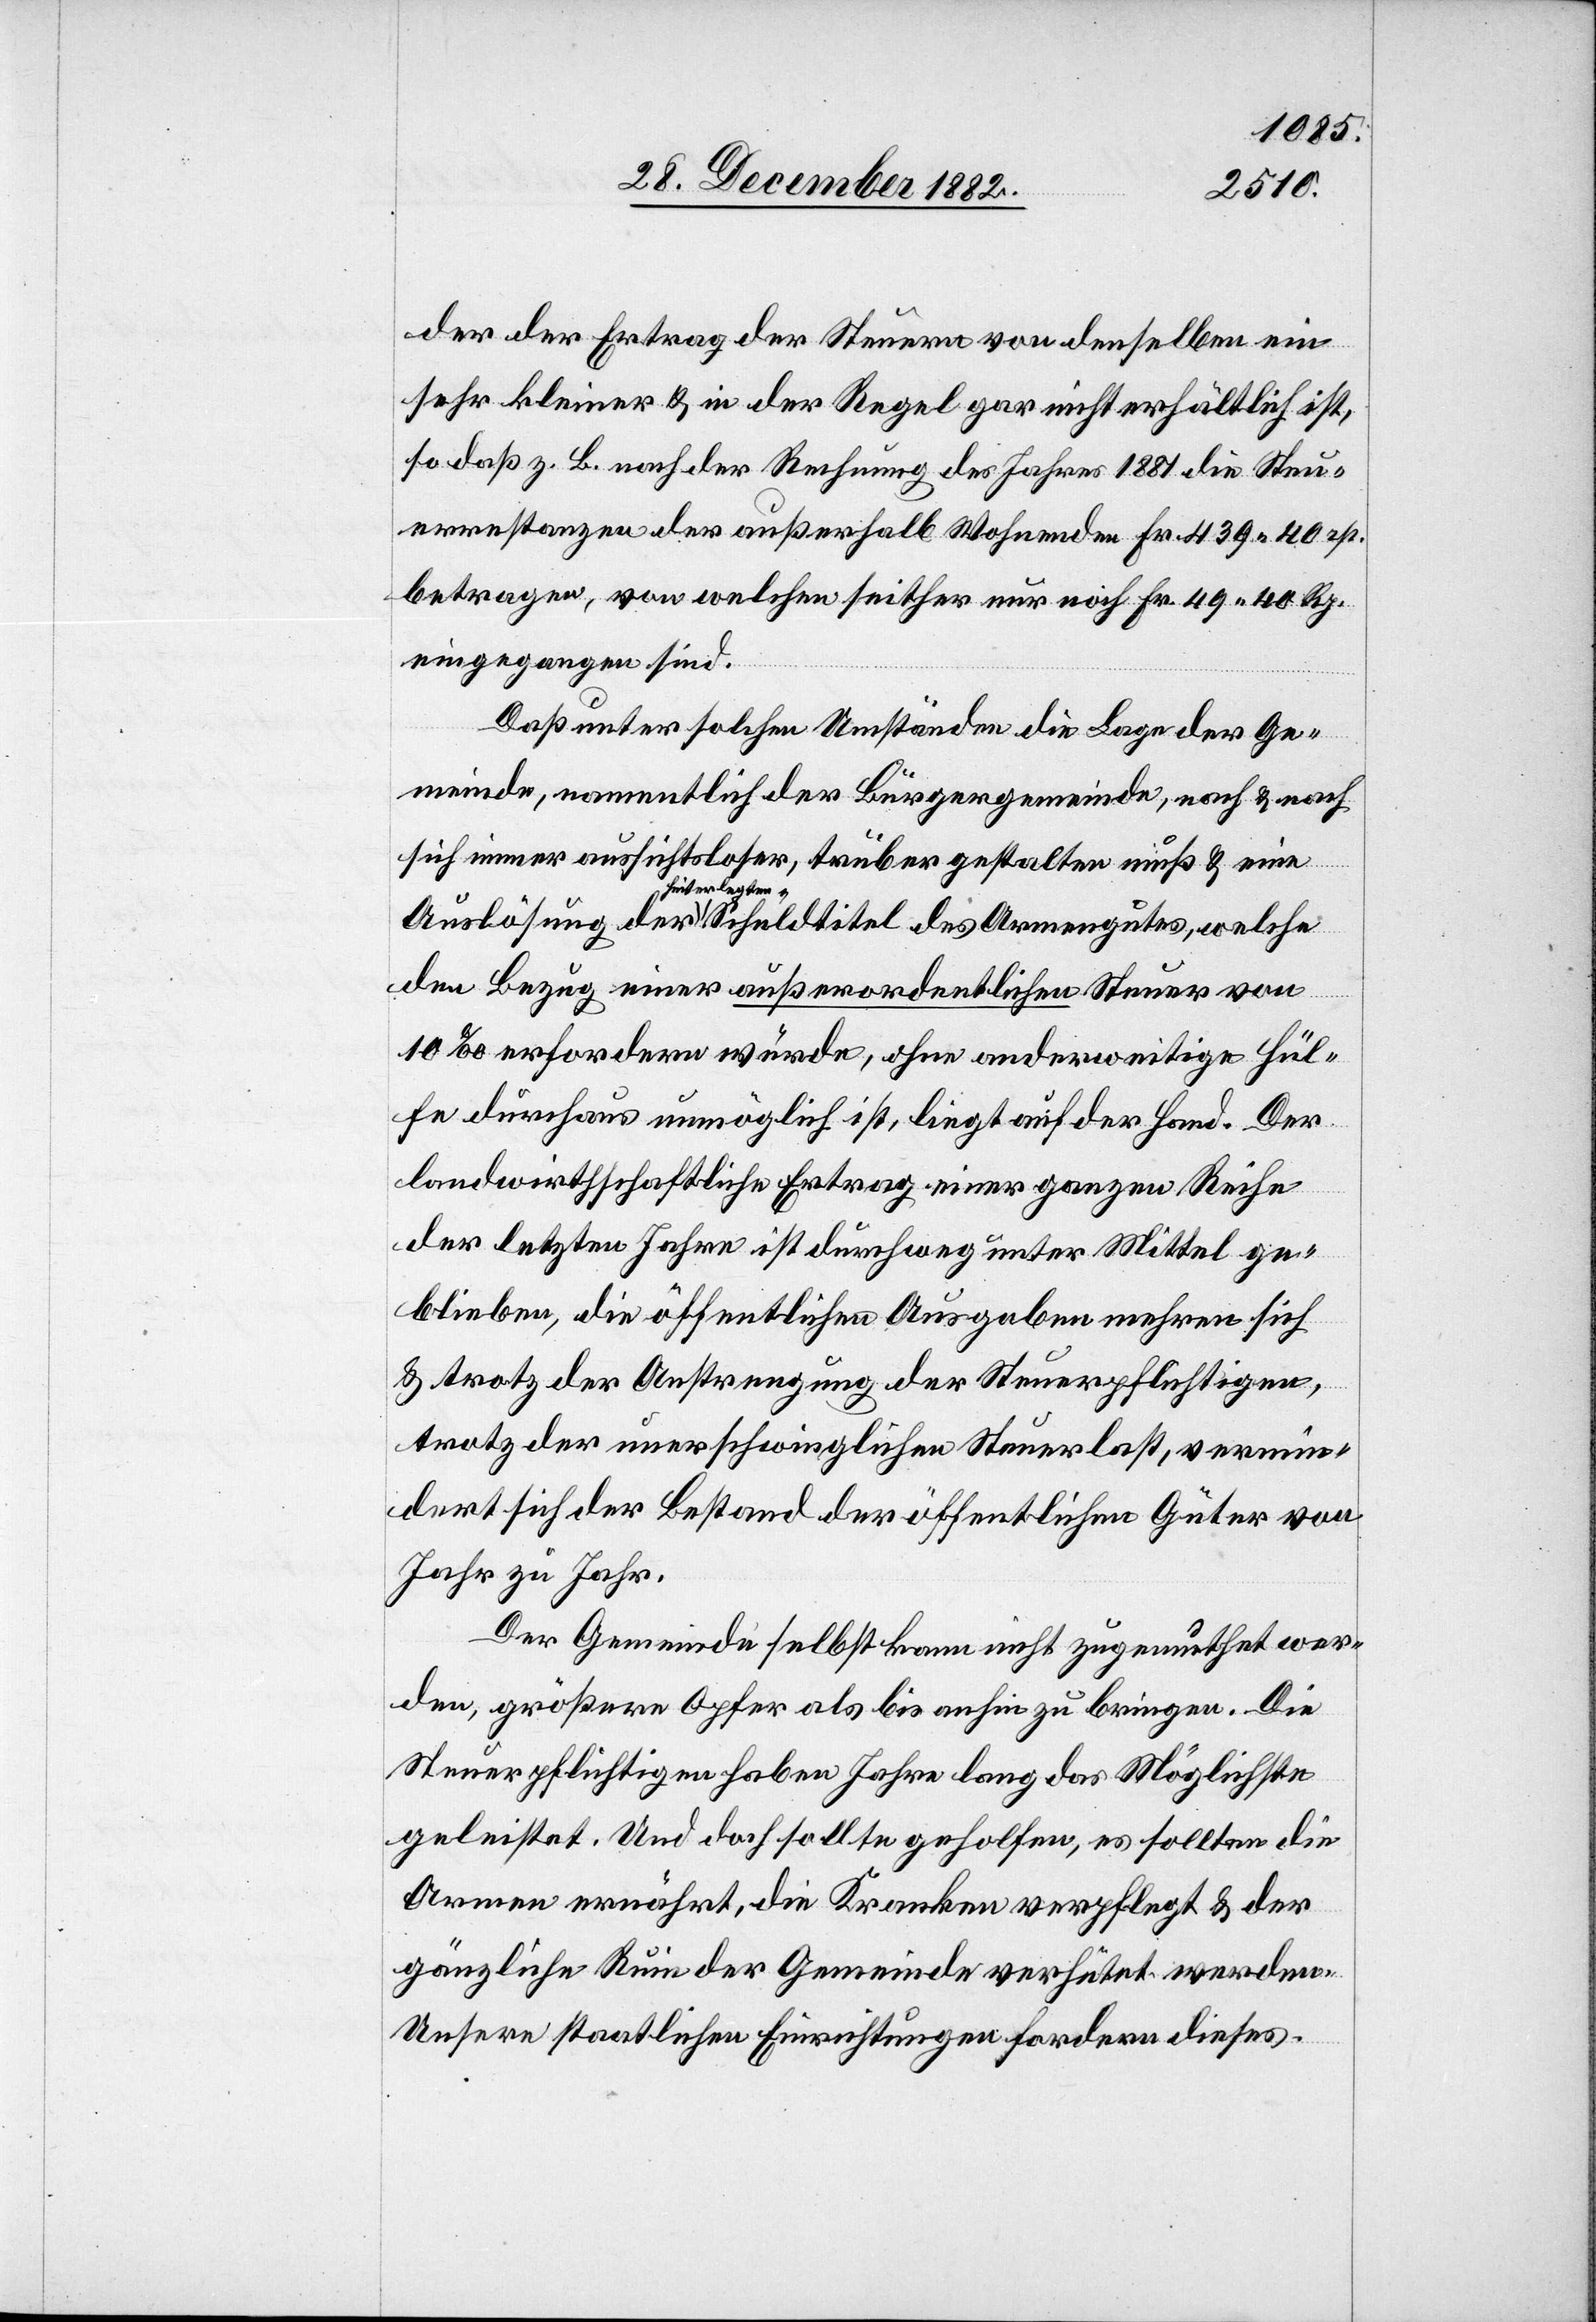
der der Ertrag der Steuern von denselben ein
sehr kleiner & in der Regel gar nicht erhältlich ist,
so daß z. B. nach der Rechnung des Jahres 1881 die Steu¬
errestanzen der außerhalb Wohnenden Fr. 439 40 rp.
betragen, von welchen seither nur noch Fr. 49 40 Rp.
eingegangen sind.
Daß unter solchen Umständen die Lage der Ge¬
meinde, namentlich der Bürgergemeinde, nach & nach
sich immer aussichtsloser, trüber gestalten muß & eine
hinterlegten
den Bezug einer außerordentlichen Steuer von
10‰ erfordern würde, ohne anderweitige Hül¬
fe durchaus unmöglich ist, liegt auf der Hand. Der
landwirthschaftliche Ertrag einer ganzen Reihe
der letzten Jahre ist durchweg unter Mittel ge¬
blieben, die öffentlichen Ausgaben mehren sich
& trotz der Anstrengung der Steuerpflichtigen,
trotz der unerschwinglichen Steuerlast, vermin¬
dert sich der Bestand der öffentlichen Güter von
Jahr zu Jahr.
Der Gemeinde selbst kann nicht zugemuthet wer¬
den, größere Opfer als bis anhin zu bringen. Die
Steuerpflichtigen haben Jahre lang das Möglichste
geleistet. Und doch sollte geholfen, es sollten die
Armen ernährt, die Kranken verpflegt, & der
gänzliche Ruin der Gemeinde verhütet werden.
Unsere staatlichen Einrichtungen fordern dieses.